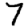
Digit: 7